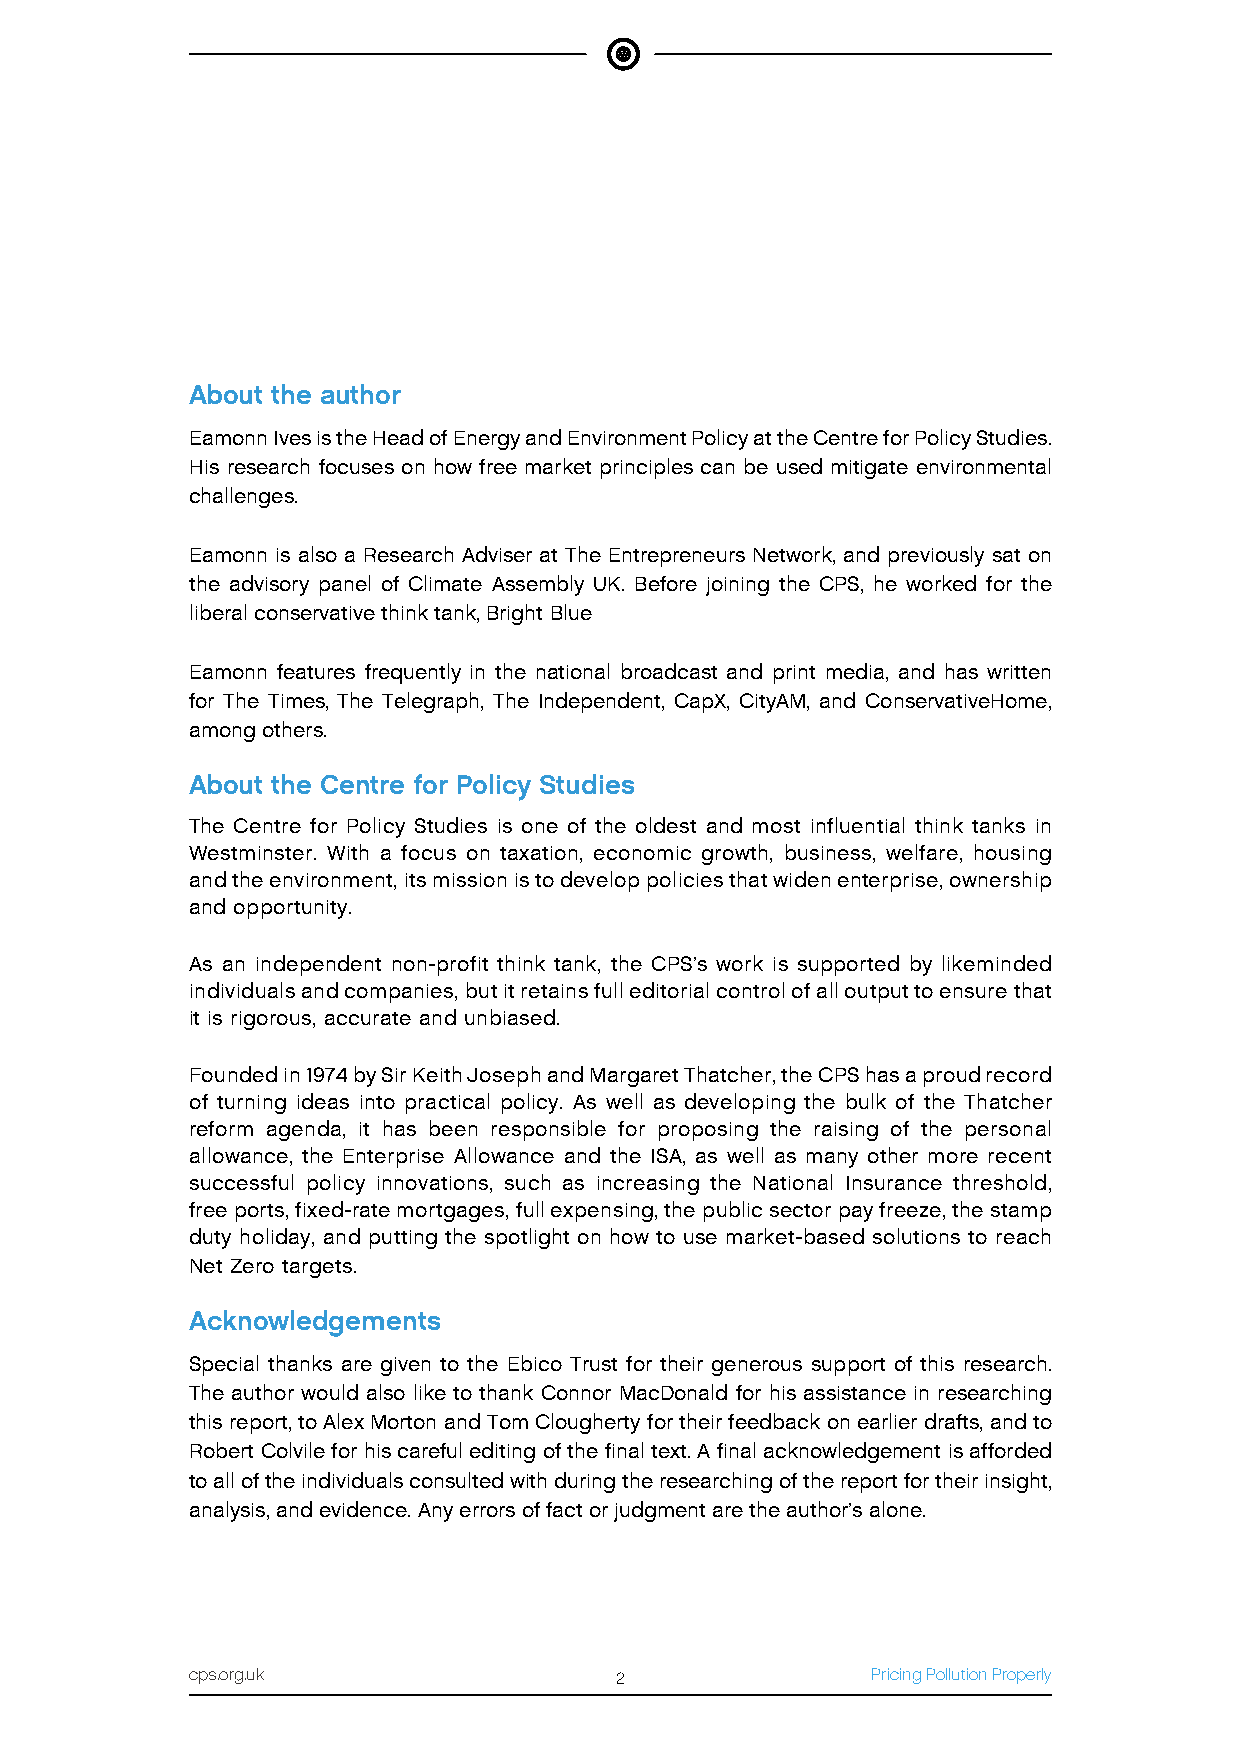
About the author
 Eamonn Ives is the Head of Energy and Environment Policy at the Centre for Policy Studies.
 His research focuses on how free market principles can be used mitigate environmental
 challenges.
 Eamonn is also a Research Adviser at The Entrepreneurs Network, and previously sat on
 the advisory panel of Climate Assembly UK. Before joining the CPS, he worked for the
 liberal conservative think tank, Bright Blue
 Eamonn features frequently in the national broadcast and print media, and has written
 for The Times, The Telegraph, The Independent, CapX, CityAM, and ConservativeHome,
 among others.
 About the Centre for Policy Studies
 The Centre for Policy Studies is one of the oldest and most influential think tanks in
 Westminster. With a focus on taxation, economic growth, business, welfare, housing
 and the environment, its mission is to develop policies that widen enterprise, ownership
 and opportunity.
 As an independent non-profit think tank, the CPS’s work is supported by likeminded
 individuals and companies, but it retains full editorial control of all output to ensure that
 it is rigorous, accurate and unbiased.
 Founded in 1974 by Sir Keith Joseph and Margaret Thatcher, the CPS has a proud record
 of turning ideas into practical policy. As well as developing the bulk of the Thatcher
 reform agenda, it has been responsible for proposing the raising of the personal
 allowance, the Enterprise Allowance and the ISA, as well as many other more recent
 successful policy innovations, such as increasing the National Insurance threshold,
 free ports, fixed-rate mortgages, full expensing, the public sector pay freeze, the stamp
 duty holiday, and putting the spotlight on how to use market-based solutions to reach
 Net Zero targets.
 Acknowledgements
 Special thanks are given to the Ebico Trust for their generous support of this research.
 The author would also like to thank Connor MacDonald for his assistance in researching
 this report, to Alex Morton and Tom Clougherty for their feedback on earlier drafts, and to
 Robert Colvile for his careful editing of the final text. A final acknowledgement is afforded
 to all of the individuals consulted with during the researching of the report for their insight,
 analysis, and evidence. Any errors of fact or judgment are the author’s alone.
 cps.org.uk                  2                Pricing Pollution Properly